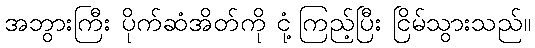
အဘွားကြီး ပိုက်ဆံအိတ်ကို ငုံ့ကြည့်ပြီး ငြိမ်သွားသည်။